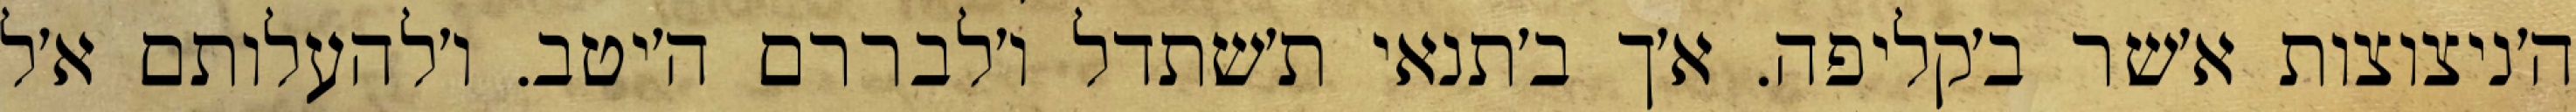
ה׳ניצוצות א׳שר ב׳קליפה. א׳ך ב׳תנאי ת׳שתדל ו׳לבררם ה׳יטב. ו׳להעלותם א׳ל